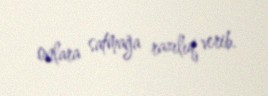
onlara satmağa razılıq verib.